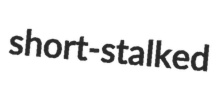
short-stalked